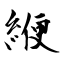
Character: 緶